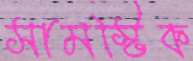
সামস্টিক